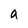
Character: a